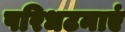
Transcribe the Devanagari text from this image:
परिधटनाएं